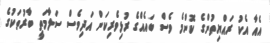
އެއާ އެކު ރައްޔިތުންގެ ކޮންމެ ވެސް ބައެއްގެ ރުޅިވެރިކަން އަދިވެސް ސަލާމަތީ ބާރުތަކުގެ